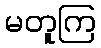
မတူကြ